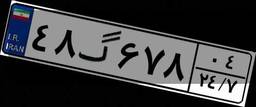
۴۸گ۶۷۸۰۴